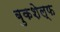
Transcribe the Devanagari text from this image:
बुकशेल्फ